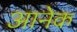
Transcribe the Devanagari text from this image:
आनेक